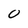
Character: O